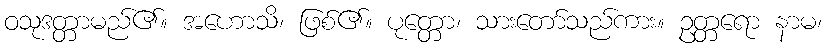
ဝသုဒတ္တာမည်၏။ အဟောသိ၊ ဖြစ်၏။ ပုတ္တော၊ သားတော်သည်ကား။ ဥတ္တရော နာမ၊